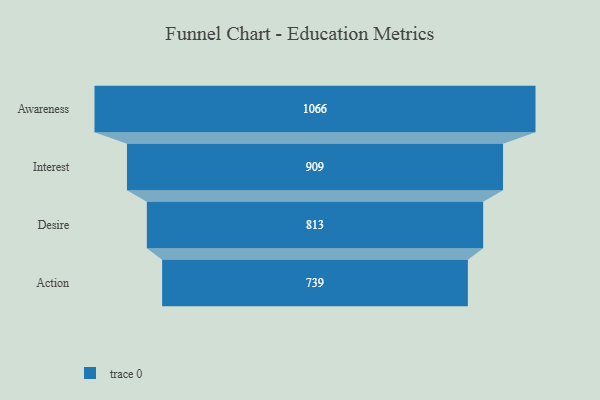
{"axis": {"x": "Stage", "y": "Value"}, "legend": [""], "data": [{"x": "Awareness", "y": 1066.0, "type": ""}, {"x": "Interest", "y": 909.0, "type": ""}, {"x": "Desire", "y": 813.0, "type": ""}, {"x": "Action", "y": 739.0, "type": ""}]}